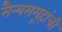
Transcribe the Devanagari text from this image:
सैन्यसमूहांची